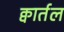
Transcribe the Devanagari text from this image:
क्वार्तल